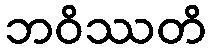
ဘဝိဿတိ